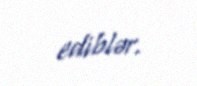
ediblər.